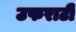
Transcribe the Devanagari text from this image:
उफराटी